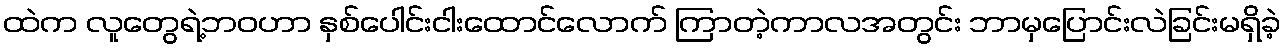
ထဲက လူတွေရဲ့ဘဝဟာ နှစ်ပေါင်းငါးထောင်လောက် ကြာတဲ့ကာလအတွင်း ဘာမှပြောင်းလဲခြင်းမရှိခဲ့